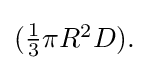
{\textstyle ({\frac {1}{3}}\pi R^{2}D).}